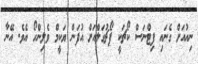
ނިއުއަށް ގެނައި ފިޓްނަސް ކޯޗަކީ ޕޯޗުގަލްއަށް އުފަން ޔަކީމް ވެލިންހޯ އެވެ. އޭނާ